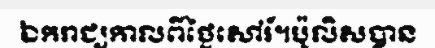
ឯករាជ្យកាលពីថ្ងៃសៅរ៍។ប៉ូលិសបាន